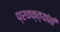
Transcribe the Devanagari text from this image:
प्रवक्त्यांनी